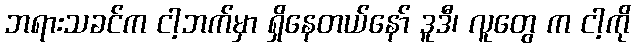
ဘရားသခင်က ငါ့ဘက်မှာ ရှိနေတယ်နော် ဒူဒီ၊ လူတွေ က ငါ့ကို